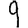
Digit: 9